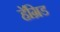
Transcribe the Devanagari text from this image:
हॅग्रिड